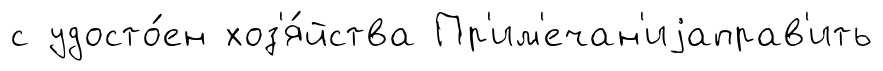
с удосто́ен хоз'я́йства Пр'им'ечан'иjаправ'ить